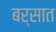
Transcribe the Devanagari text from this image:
बर्सात